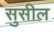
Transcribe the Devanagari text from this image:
सुसील